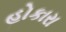
હોકારા